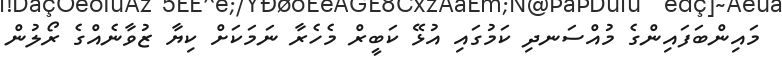
މައިންބަފައިންގެ މުއްސަނދި ކަމުގައި އުޅޭ ކަބީރް މެހެރާ ނަމަކަށް ކިޔާ ޒުވާނެއްގެ ރޯލުން